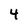
Character: 4